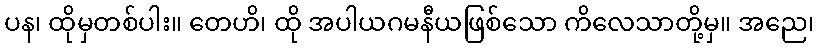
ပန၊ ထိုမှတစ်ပါး။ တေဟိ၊ ထို အပါယဂမနီယဖြစ်သော ကိလေသာတို့မှ။ အညေ၊